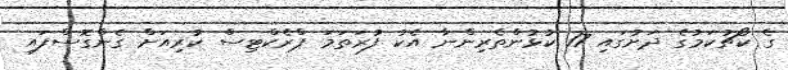
ގެ ކޯޗުކަމުގެ ދަށުގައި 17 ކުޅުންތެރިންނާ އެކު ފުރަތަމަ ޕްރެކްޓިސް ކުރިއަށް ގެންގޮސްފައި